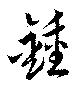
鍾